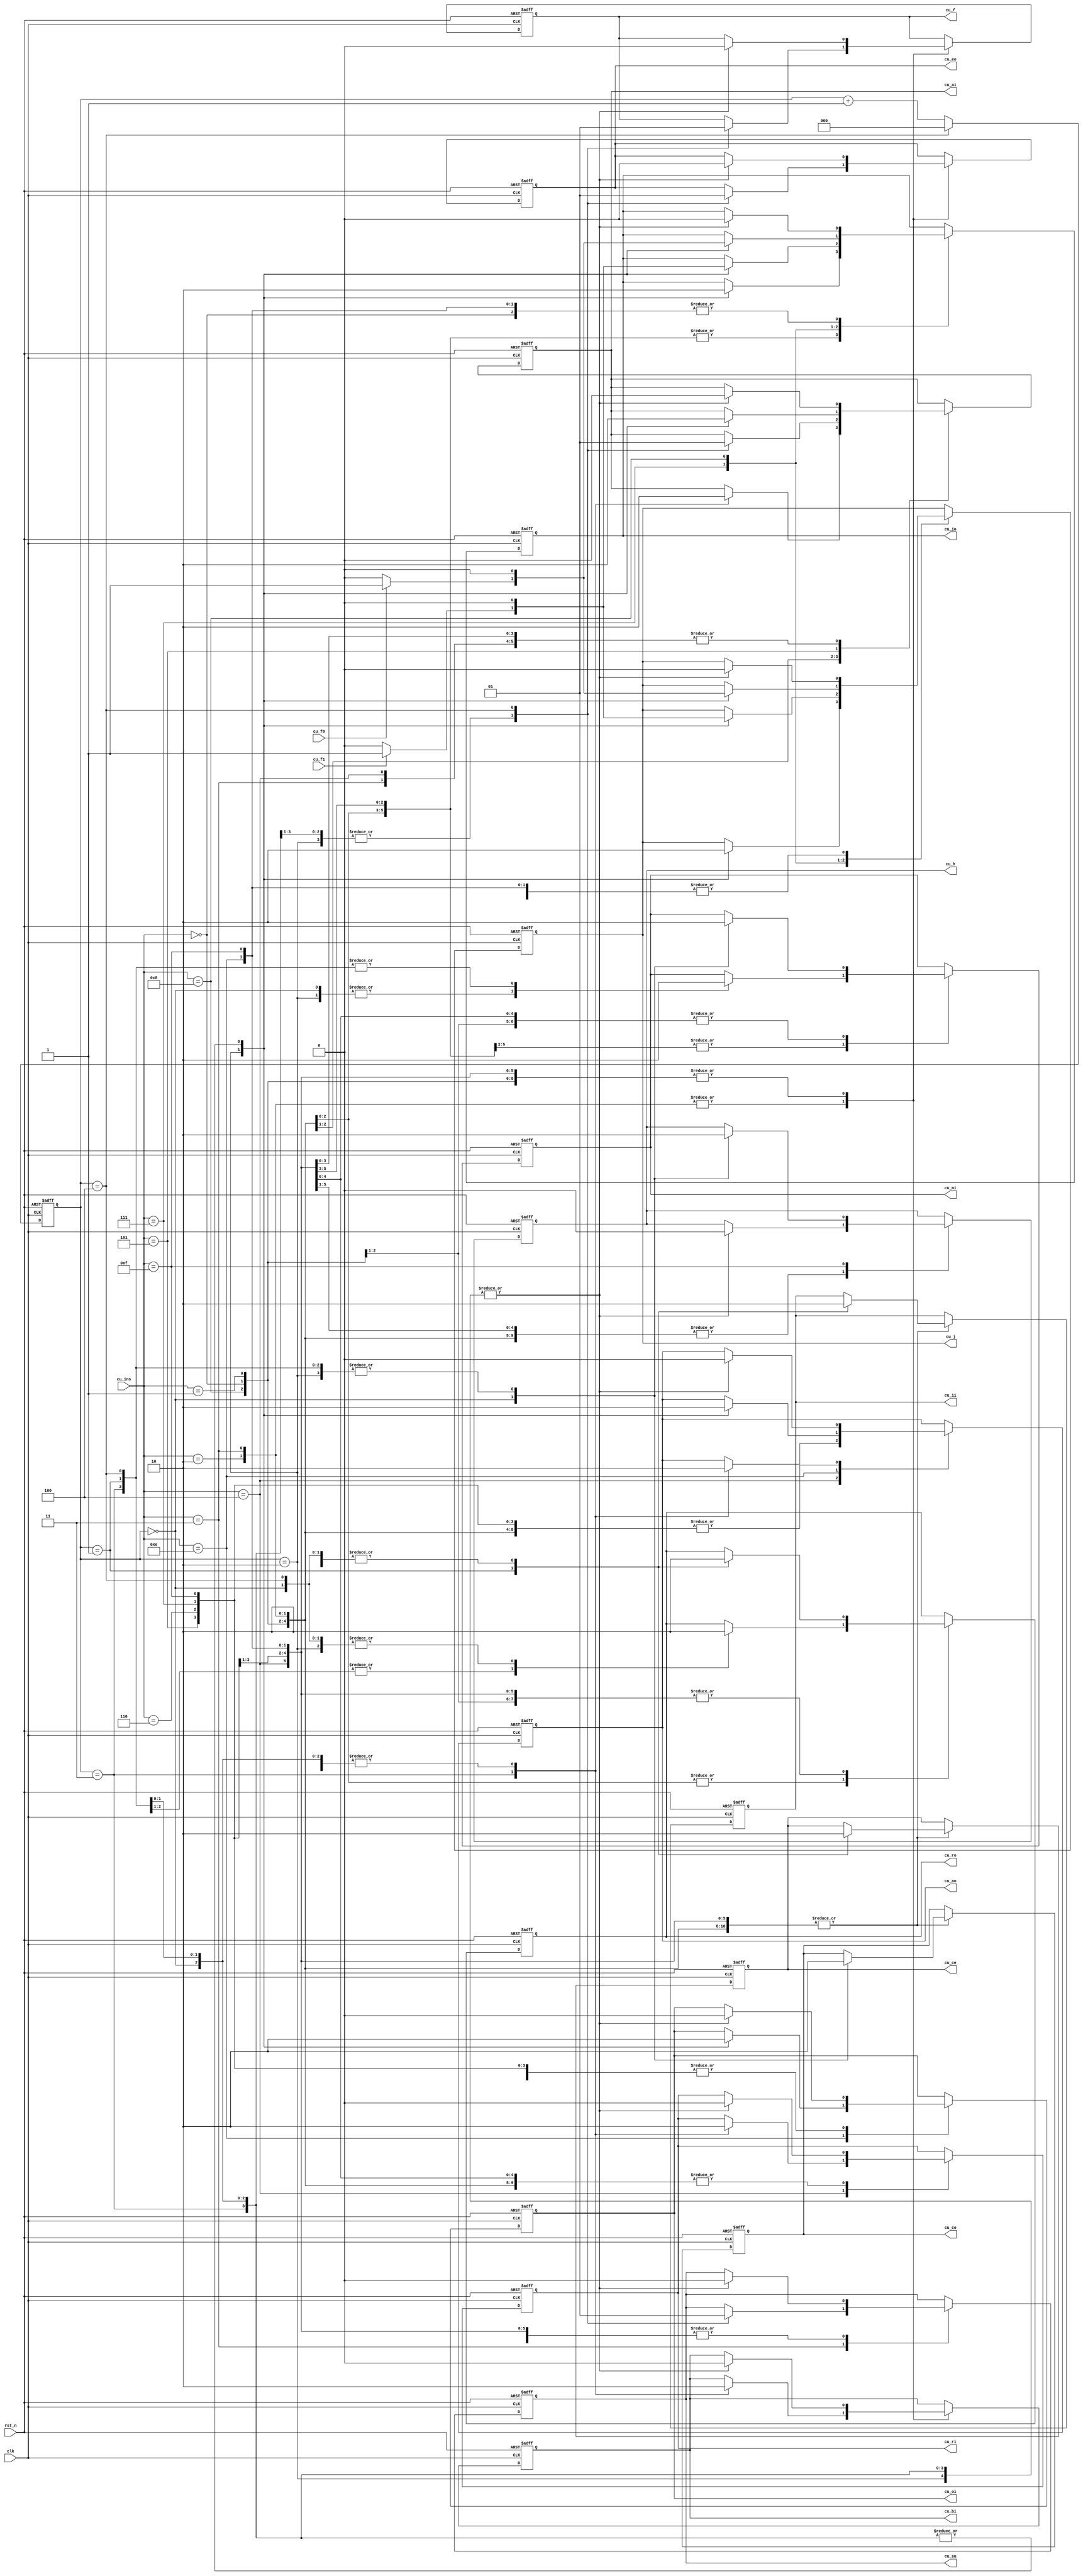
module CU (
    clk,
    rst_n,
    cu_ins,  //ir 
    cu_f1,   //
    cu_f0,      //

    cu_h,
    cu_mi,
    cu_ri,
    cu_ro,
    cu_io,
    cu_ii,
    cu_ai,
    cu_ao,

    cu_eo,
    cu_su,
    cu_bi,
    cu_oi,
    cu_ce,
    cu_co,
    cu_j,
    cu_f
);
input clk,rst_n,cu_f1,cu_f0;
input [3:0]cu_ins;
output  cu_h,cu_mi,cu_ri,cu_ro,cu_io,cu_ii,cu_ai,cu_ao,
     cu_eo,cu_su,cu_bi,cu_oi,cu_ce,cu_co,cu_j,cu_f;

wire clk,rst_n,cu_f1,cu_f0;
wire [3:0]cu_ins;
reg  cu_h,cu_mi,cu_ri,cu_ro,cu_io,cu_ii,cu_ai,cu_ao,
     cu_eo,cu_su,cu_bi,cu_oi,cu_ce,cu_co,cu_j,cu_f;


/// 0 - 4
reg [2:0]cnt;
always @(posedge clk or negedge rst_n) begin
    if (rst_n == 0) begin
        cnt <= 0;
    end
    else if (cnt == 4) begin
        cnt <= 0 ;
    end
    else
        cnt <= cnt + 1 ;
end

always @(posedge clk or negedge rst_n) begin
    if (rst_n == 0) begin
        cu_h=0;     cu_mi=0;    cu_ri=0;    cu_ro=0;
        cu_io=0;    cu_ii=0;    cu_ai=0;    cu_ao=0;
        cu_eo=0;    cu_su=0;    cu_bi=0;    cu_oi=0;
        cu_ce=0;    cu_co=0;    cu_j=0;     cu_f=0;
    end
    else
        case (cu_ins)
            4'b0000: case (cnt) ///nop
                        3'b000: begin
                                    cu_h=0;     cu_mi=1;    cu_ri=0;    cu_ro=0;
                                    cu_io=0;    cu_ii=0;    cu_ai=0;    cu_ao=0;
                                    cu_eo=0;    cu_su=0;    cu_bi=0;    cu_oi=0;
                                    cu_ce=0;    cu_co=1;    cu_j=0;     cu_f=0;
                                end
                        3'b001: begin
                                    cu_h=0;     cu_mi=0;    cu_ri=0;    cu_ro=1;
                                    cu_io=0;    cu_ii=1;    cu_ai=0;    cu_ao=0;
                                    cu_eo=0;    cu_su=0;    cu_bi=0;    cu_oi=0;
                                    cu_ce=1;    cu_co=0;    cu_j=0;     cu_f=0;
                                end
                        3'b010: begin
                                    cu_h=0;     cu_mi=0;    cu_ri=0;    cu_ro=0;
                                    cu_io=0;    cu_ii=0;    cu_ai=0;    cu_ao=0;
                                    cu_eo=0;    cu_su=0;    cu_bi=0;    cu_oi=0;
                                    cu_ce=0;    cu_co=0;    cu_j=0;     cu_f=0;
                                end
                        3'b011: begin
                                    cu_h=0;     cu_mi=0;    cu_ri=0;    cu_ro=0;
                                    cu_io=0;    cu_ii=0;    cu_ai=0;    cu_ao=0;
                                    cu_eo=0;    cu_su=0;    cu_bi=0;    cu_oi=0;
                                    cu_ce=0;    cu_co=0;    cu_j=0;     cu_f=0;
                                end
                        3'b100: begin
                                    cu_h=0;     cu_mi=0;    cu_ri=0;    cu_ro=0;
                                    cu_io=0;    cu_ii=0;    cu_ai=0;    cu_ao=0;
                                    cu_eo=0;    cu_su=0;    cu_bi=0;    cu_oi=0;
                                    cu_ce=0;    cu_co=0;    cu_j=0;     cu_f=0;
                                end
                        default: ;
                     endcase
            4'b0001: case (cnt) ///LDA
                        3'b000: begin
                                    cu_h=0;     cu_mi=1;    cu_ri=0;    cu_ro=0;
                                    cu_io=0;    cu_ii=0;    cu_ai=0;    cu_ao=0;
                                    cu_eo=0;    cu_su=0;    cu_bi=0;    cu_oi=0;
                                    cu_ce=0;    cu_co=1;    cu_j=0;     cu_f=0;
                                end
                        3'b001: begin
                                    cu_h=0;     cu_mi=0;    cu_ri=0;    cu_ro=1;
                                    cu_io=0;    cu_ii=1;    cu_ai=0;    cu_ao=0;
                                    cu_eo=0;    cu_su=0;    cu_bi=0;    cu_oi=0;
                                    cu_ce=1;    cu_co=0;    cu_j=0;     cu_f=0;
                                end
                        3'b010: begin
                                    cu_h=0;     cu_mi=1;    cu_ri=0;    cu_ro=0;
                                    cu_io=1;    cu_ii=0;    cu_ai=0;    cu_ao=0;
                                    cu_eo=0;    cu_su=0;    cu_bi=0;    cu_oi=0;
                                    cu_ce=0;    cu_co=0;    cu_j=0;     cu_f=0;
                                end
                        3'b011: begin
                                    cu_h=0;     cu_mi=0;    cu_ri=0;    cu_ro=1;
                                    cu_io=0;    cu_ii=0;    cu_ai=1;    cu_ao=0;
                                    cu_eo=0;    cu_su=0;    cu_bi=0;    cu_oi=0;
                                    cu_ce=0;    cu_co=0;    cu_j=0;     cu_f=0;
                                end
                        3'b100: begin
                                    cu_h=0;     cu_mi=0;    cu_ri=0;    cu_ro=0;
                                    cu_io=0;    cu_ii=0;    cu_ai=0;    cu_ao=0;
                                    cu_eo=0;    cu_su=0;    cu_bi=0;    cu_oi=0;
                                    cu_ce=0;    cu_co=0;    cu_j=0;     cu_f=0;
                                end
                        default: ;
                     endcase
            4'b0010: case (cnt) /// ADD
                        3'b000: begin
                                    cu_h=0;     cu_mi=1;    cu_ri=0;    cu_ro=0;
                                    cu_io=0;    cu_ii=0;    cu_ai=0;    cu_ao=0;
                                    cu_eo=0;    cu_su=0;    cu_bi=0;    cu_oi=0;
                                    cu_ce=0;    cu_co=1;    cu_j=0;     cu_f=0;
                                end
                        3'b001: begin
                                    cu_h=0;     cu_mi=0;    cu_ri=0;    cu_ro=1;
                                    cu_io=0;    cu_ii=1;    cu_ai=0;    cu_ao=0;
                                    cu_eo=0;    cu_su=0;    cu_bi=0;    cu_oi=0;
                                    cu_ce=1;    cu_co=0;    cu_j=0;     cu_f=0;
                                end
                        3'b010: begin
                                    cu_h=0;     cu_mi=1;    cu_ri=0;    cu_ro=0;
                                    cu_io=1;    cu_ii=0;    cu_ai=0;    cu_ao=0;
                                    cu_eo=0;    cu_su=0;    cu_bi=0;    cu_oi=0;
                                    cu_ce=0;    cu_co=0;    cu_j=0;     cu_f=0;
                                end
                        3'b011: begin
                                    cu_h=0;     cu_mi=0;    cu_ri=0;    cu_ro=1;
                                    cu_io=0;    cu_ii=0;    cu_ai=0;    cu_ao=0;
                                    cu_eo=0;    cu_su=0;    cu_bi=1;    cu_oi=0;
                                    cu_ce=0;    cu_co=0;    cu_j=0;     cu_f=0;
                                end
                        3'b100: begin
                                    cu_h=0;     cu_mi=0;    cu_ri=0;    cu_ro=0;
                                    cu_io=0;    cu_ii=0;    cu_ai=1;    cu_ao=0;
                                    cu_eo=1;    cu_su=0;    cu_bi=0;    cu_oi=0;
                                    cu_ce=0;    cu_co=0;    cu_j=0;     cu_f=1;
                                end
                        default: ;
                     endcase
            4'b0011: case (cnt) ///SUB
                        3'b000: begin
                                    cu_h=0;     cu_mi=1;    cu_ri=0;    cu_ro=0;
                                    cu_io=0;    cu_ii=0;    cu_ai=0;    cu_ao=0;
                                    cu_eo=0;    cu_su=0;    cu_bi=0;    cu_oi=0;
                                    cu_ce=0;    cu_co=1;    cu_j=0;     cu_f=0;
                                end
                        3'b001: begin
                                    cu_h=0;     cu_mi=0;    cu_ri=0;    cu_ro=1;
                                    cu_io=0;    cu_ii=1;    cu_ai=0;    cu_ao=0;
                                    cu_eo=0;    cu_su=0;    cu_bi=0;    cu_oi=0;
                                    cu_ce=1;    cu_co=0;    cu_j=0;     cu_f=0;
                                end
                        3'b010: begin
                                    cu_h=0;     cu_mi=1;    cu_ri=0;    cu_ro=0;
                                    cu_io=1;    cu_ii=0;    cu_ai=0;    cu_ao=0;
                                    cu_eo=0;    cu_su=0;    cu_bi=0;    cu_oi=0;
                                    cu_ce=0;    cu_co=0;    cu_j=0;     cu_f=0;
                                end
                        3'b011: begin
                                    cu_h=0;     cu_mi=0;    cu_ri=0;    cu_ro=1;
                                    cu_io=0;    cu_ii=0;    cu_ai=0;    cu_ao=0;
                                    cu_eo=0;    cu_su=0;    cu_bi=1;    cu_oi=0;
                                    cu_ce=0;    cu_co=0;    cu_j=0;     cu_f=0;
                                end
                        3'b100: begin
                                    cu_h=0;     cu_mi=0;    cu_ri=0;    cu_ro=0;
                                    cu_io=0;    cu_ii=0;    cu_ai=0;    cu_ao=0;
                                    cu_eo=1;    cu_su=1;    cu_bi=0;    cu_oi=0;
                                    cu_ce=0;    cu_co=0;    cu_j=0;     cu_f=1;
                                end
                        default: ;
                     endcase
            4'b0100: case (cnt) ///STA
                        3'b000: begin
                                    cu_h=0;     cu_mi=1;    cu_ri=0;    cu_ro=0;
                                    cu_io=0;    cu_ii=0;    cu_ai=0;    cu_ao=0;
                                    cu_eo=0;    cu_su=0;    cu_bi=0;    cu_oi=0;
                                    cu_ce=0;    cu_co=1;    cu_j=0;     cu_f=0;
                                end
                        3'b001: begin
                                    cu_h=0;     cu_mi=0;    cu_ri=0;    cu_ro=1;
                                    cu_io=0;    cu_ii=1;    cu_ai=0;    cu_ao=0;
                                    cu_eo=0;    cu_su=0;    cu_bi=0;    cu_oi=0;
                                    cu_ce=1;    cu_co=0;    cu_j=0;     cu_f=0;
                                end
                        3'b010: begin
                                    cu_h=0;     cu_mi=1;    cu_ri=0;    cu_ro=0;
                                    cu_io=1;    cu_ii=0;    cu_ai=0;    cu_ao=0;
                                    cu_eo=0;    cu_su=0;    cu_bi=0;    cu_oi=0;
                                    cu_ce=0;    cu_co=0;    cu_j=0;     cu_f=0;
                                end
                        3'b011: begin
                                    cu_h=0;     cu_mi=0;    cu_ri=1;    cu_ro=0;
                                    cu_io=0;    cu_ii=0;    cu_ai=0;    cu_ao=1;
                                    cu_eo=0;    cu_su=0;    cu_bi=0;    cu_oi=0;
                                    cu_ce=0;    cu_co=0;    cu_j=0;     cu_f=0;
                                end
                        3'b100: begin
                                    cu_h=0;     cu_mi=0;    cu_ri=0;    cu_ro=0;
                                    cu_io=0;    cu_ii=0;    cu_ai=0;    cu_ao=0;
                                    cu_eo=0;    cu_su=0;    cu_bi=0;    cu_oi=0;
                                    cu_ce=0;    cu_co=0;    cu_j=0;     cu_f=0;
                                end
                        default: ;
                     endcase
            4'b0101: case (cnt) ///LDI
                        3'b000: begin
                                    cu_h=0;     cu_mi=1;    cu_ri=0;    cu_ro=0;
                                    cu_io=0;    cu_ii=0;    cu_ai=0;    cu_ao=0;
                                    cu_eo=0;    cu_su=0;    cu_bi=0;    cu_oi=0;
                                    cu_ce=0;    cu_co=1;    cu_j=0;     cu_f=0;
                                end
                        3'b001: begin
                                    cu_h=0;     cu_mi=0;    cu_ri=0;    cu_ro=1;
                                    cu_io=0;    cu_ii=1;    cu_ai=0;    cu_ao=0;
                                    cu_eo=0;    cu_su=0;    cu_bi=0;    cu_oi=0;
                                    cu_ce=1;    cu_co=0;    cu_j=0;     cu_f=0;
                                end
                        3'b010: begin
                                    cu_h=0;     cu_mi=0;    cu_ri=0;    cu_ro=0;
                                    cu_io=1;    cu_ii=0;    cu_ai=1;    cu_ao=0;
                                    cu_eo=0;    cu_su=0;    cu_bi=0;    cu_oi=0;
                                    cu_ce=0;    cu_co=0;    cu_j=0;     cu_f=0;
                                end
                        3'b011: begin
                                    cu_h=0;     cu_mi=0;    cu_ri=0;    cu_ro=0;
                                    cu_io=0;    cu_ii=0;    cu_ai=0;    cu_ao=0;
                                    cu_eo=0;    cu_su=0;    cu_bi=0;    cu_oi=0;
                                    cu_ce=0;    cu_co=0;    cu_j=0;     cu_f=0;
                                end
                        3'b100: begin
                                    cu_h=0;     cu_mi=0;    cu_ri=0;    cu_ro=0;
                                    cu_io=0;    cu_ii=0;    cu_ai=0;    cu_ao=0;
                                    cu_eo=0;    cu_su=0;    cu_bi=0;    cu_oi=0;
                                    cu_ce=0;    cu_co=0;    cu_j=0;     cu_f=0;
                                end
                        default: ;
                     endcase
            4'b0110: case (cnt) ///JMP
                        3'b000: begin
                                    cu_h=0;     cu_mi=1;    cu_ri=0;    cu_ro=0;
                                    cu_io=0;    cu_ii=0;    cu_ai=0;    cu_ao=0;
                                    cu_eo=0;    cu_su=0;    cu_bi=0;    cu_oi=0;
                                    cu_ce=0;    cu_co=1;    cu_j=0;     cu_f=0;
                                end
                        3'b001: begin
                                    cu_h=0;     cu_mi=0;    cu_ri=0;    cu_ro=1;
                                    cu_io=0;    cu_ii=1;    cu_ai=0;    cu_ao=0;
                                    cu_eo=0;    cu_su=0;    cu_bi=0;    cu_oi=0;
                                    cu_ce=1;    cu_co=0;    cu_j=0;     cu_f=0;
                                end
                        3'b010: begin
                                    cu_h=0;     cu_mi=0;    cu_ri=0;    cu_ro=0;
                                    cu_io=1;    cu_ii=0;    cu_ai=0;    cu_ao=0;
                                    cu_eo=0;    cu_su=0;    cu_bi=0;    cu_oi=0;
                                    cu_ce=0;    cu_co=0;    cu_j=1;     cu_f=0;
                                end
                        3'b011: begin
                                    cu_h=0;     cu_mi=0;    cu_ri=0;    cu_ro=0;
                                    cu_io=0;    cu_ii=0;    cu_ai=0;    cu_ao=0;
                                    cu_eo=0;    cu_su=0;    cu_bi=0;    cu_oi=0;
                                    cu_ce=0;    cu_co=0;    cu_j=0;     cu_f=0;
                                end
                        3'b100: begin
                                    cu_h=0;     cu_mi=0;    cu_ri=0;    cu_ro=0;
                                    cu_io=0;    cu_ii=0;    cu_ai=0;    cu_ao=0;
                                    cu_eo=0;    cu_su=0;    cu_bi=0;    cu_oi=0;
                                    cu_ce=0;    cu_co=0;    cu_j=0;     cu_f=0;
                                end
                        default: ;
                     endcase
            4'b0111: case (cnt) ///JC
                        3'b000: begin
                                    cu_h=0;     cu_mi=1;    cu_ri=0;    cu_ro=0;
                                    cu_io=0;    cu_ii=0;    cu_ai=0;    cu_ao=0;
                                    cu_eo=0;    cu_su=0;    cu_bi=0;    cu_oi=0;
                                    cu_ce=0;    cu_co=1;    cu_j=0;     cu_f=0;
                                end
                        3'b001: begin
                                    cu_h=0;     cu_mi=0;    cu_ri=0;    cu_ro=1;
                                    cu_io=0;    cu_ii=1;    cu_ai=0;    cu_ao=0;
                                    cu_eo=0;    cu_su=0;    cu_bi=0;    cu_oi=0;
                                    cu_ce=1;    cu_co=0;    cu_j=0;     cu_f=0;
                                end
                        3'b010: if (cu_f1)begin
                                    cu_h=0;     cu_mi=0;    cu_ri=0;    cu_ro=0;
                                    cu_io=1;    cu_ii=0;    cu_ai=0;    cu_ao=0;
                                    cu_eo=0;    cu_su=0;    cu_bi=0;    cu_oi=0;
                                    cu_ce=0;    cu_co=0;    cu_j=1;     cu_f=0;
                                end
                                else begin
                                    cu_h=0;     cu_mi=0;    cu_ri=0;    cu_ro=0;
                                    cu_io=0;    cu_ii=0;    cu_ai=0;    cu_ao=0;
                                    cu_eo=0;    cu_su=0;    cu_bi=0;    cu_oi=0;
                                    cu_ce=0;    cu_co=0;    cu_j=0;     cu_f=0;
                                end
                        3'b011: begin
                                    cu_h=0;     cu_mi=0;    cu_ri=0;    cu_ro=0;
                                    cu_io=0;    cu_ii=0;    cu_ai=0;    cu_ao=0;
                                    cu_eo=0;    cu_su=0;    cu_bi=0;    cu_oi=0;
                                    cu_ce=0;    cu_co=0;    cu_j=0;     cu_f=0;
                                end
                        3'b100: begin
                                    cu_h=0;     cu_mi=0;    cu_ri=0;    cu_ro=0;
                                    cu_io=0;    cu_ii=0;    cu_ai=0;    cu_ao=0;
                                    cu_eo=0;    cu_su=0;    cu_bi=0;    cu_oi=0;
                                    cu_ce=0;    cu_co=0;    cu_j=0;     cu_f=0;
                                end
                        default: ;
                     endcase
            4'b1000: case (cnt) ///JZ
                        3'b000: begin
                                    cu_h=0;     cu_mi=1;    cu_ri=0;    cu_ro=0;
                                    cu_io=0;    cu_ii=0;    cu_ai=0;    cu_ao=0;
                                    cu_eo=0;    cu_su=0;    cu_bi=0;    cu_oi=0;
                                    cu_ce=0;    cu_co=1;    cu_j=0;     cu_f=0;
                                end
                        3'b001: begin
                                    cu_h=0;     cu_mi=0;    cu_ri=0;    cu_ro=1;
                                    cu_io=0;    cu_ii=1;    cu_ai=0;    cu_ao=0;
                                    cu_eo=0;    cu_su=0;    cu_bi=0;    cu_oi=0;
                                    cu_ce=1;    cu_co=0;    cu_j=0;     cu_f=0;
                                end
                        3'b010: if (cu_f0)begin
                                    cu_h=0;     cu_mi=0;    cu_ri=0;    cu_ro=0;
                                    cu_io=1;    cu_ii=0;    cu_ai=0;    cu_ao=0;
                                    cu_eo=0;    cu_su=0;    cu_bi=0;    cu_oi=0;
                                    cu_ce=0;    cu_co=0;    cu_j=1;     cu_f=0;
                                end
                                else begin
                                    cu_h=0;     cu_mi=0;    cu_ri=0;    cu_ro=0;
                                    cu_io=0;    cu_ii=0;    cu_ai=0;    cu_ao=0;
                                    cu_eo=0;    cu_su=0;    cu_bi=0;    cu_oi=0;
                                    cu_ce=0;    cu_co=0;    cu_j=0;     cu_f=0;
                                end
                        3'b011: begin
                                    cu_h=0;     cu_mi=0;    cu_ri=0;    cu_ro=0;
                                    cu_io=0;    cu_ii=0;    cu_ai=0;    cu_ao=0;
                                    cu_eo=0;    cu_su=0;    cu_bi=0;    cu_oi=0;
                                    cu_ce=0;    cu_co=0;    cu_j=0;     cu_f=0;
                                end
                        3'b100: begin
                                    cu_h=0;     cu_mi=0;    cu_ri=0;    cu_ro=0;
                                    cu_io=0;    cu_ii=0;    cu_ai=0;    cu_ao=0;
                                    cu_eo=0;    cu_su=0;    cu_bi=0;    cu_oi=0;
                                    cu_ce=0;    cu_co=0;    cu_j=0;     cu_f=0;
                                end
                        default: ;
                     endcase

            4'b1110: case (cnt) ///OUT
                        3'b000: begin
                                    cu_h=0;     cu_mi=1;    cu_ri=0;    cu_ro=0;
                                    cu_io=0;    cu_ii=0;    cu_ai=0;    cu_ao=0;
                                    cu_eo=0;    cu_su=0;    cu_bi=0;    cu_oi=0;
                                    cu_ce=0;    cu_co=1;    cu_j=0;     cu_f=0;
                                end
                        3'b001: begin
                                    cu_h=0;     cu_mi=0;    cu_ri=0;    cu_ro=1;
                                    cu_io=0;    cu_ii=1;    cu_ai=0;    cu_ao=0;
                                    cu_eo=0;    cu_su=0;    cu_bi=0;    cu_oi=0;
                                    cu_ce=1;    cu_co=0;    cu_j=0;     cu_f=0;
                                end
                        3'b010: begin
                                    cu_h=0;     cu_mi=0;    cu_ri=0;    cu_ro=0;
                                    cu_io=0;    cu_ii=0;    cu_ai=0;    cu_ao=1;
                                    cu_eo=0;    cu_su=0;    cu_bi=0;    cu_oi=1;
                                    cu_ce=0;    cu_co=0;    cu_j=0;     cu_f=0;
                                end
                        3'b011: begin
                                    cu_h=0;     cu_mi=0;    cu_ri=0;    cu_ro=0;
                                    cu_io=0;    cu_ii=0;    cu_ai=0;    cu_ao=0;
                                    cu_eo=0;    cu_su=0;    cu_bi=0;    cu_oi=0;
                                    cu_ce=0;    cu_co=0;    cu_j=0;     cu_f=0;
                                end
                        3'b100: begin
                                    cu_h=0;     cu_mi=0;    cu_ri=0;    cu_ro=0;
                                    cu_io=0;    cu_ii=0;    cu_ai=0;    cu_ao=0;
                                    cu_eo=0;    cu_su=0;    cu_bi=0;    cu_oi=0;
                                    cu_ce=0;    cu_co=0;    cu_j=0;     cu_f=0;
                                end
                        default: ;
                     endcase
            4'b1111: case (cnt) ///HLT
                        3'b000: begin
                                    cu_h=1;     cu_mi=1;    cu_ri=0;    cu_ro=0;
                                    cu_io=0;    cu_ii=0;    cu_ai=0;    cu_ao=0;
                                    cu_eo=0;    cu_su=0;    cu_bi=0;    cu_oi=0;
                                    cu_ce=0;    cu_co=1;    cu_j=0;     cu_f=0;
                                end
                        3'b001: begin
                                    cu_h=0;     cu_mi=0;    cu_ri=0;    cu_ro=1;
                                    cu_io=0;    cu_ii=1;    cu_ai=0;    cu_ao=0;
                                    cu_eo=0;    cu_su=0;    cu_bi=0;    cu_oi=0;
                                    cu_ce=1;    cu_co=0;    cu_j=0;     cu_f=0;
                                end
                        3'b010: begin
                                    cu_h=0;     cu_mi=0;    cu_ri=0;    cu_ro=0;
                                    cu_io=0;    cu_ii=0;    cu_ai=0;    cu_ao=0;
                                    cu_eo=0;    cu_su=0;    cu_bi=0;    cu_oi=0;
                                    cu_ce=0;    cu_co=0;    cu_j=0;     cu_f=0;
                                end
                        3'b011: begin
                                    cu_h=0;     cu_mi=0;    cu_ri=0;    cu_ro=0;
                                    cu_io=0;    cu_ii=0;    cu_ai=0;    cu_ao=0;
                                    cu_eo=0;    cu_su=0;    cu_bi=0;    cu_oi=0;
                                    cu_ce=0;    cu_co=0;    cu_j=0;     cu_f=0;
                                end
                        3'b100: begin
                                    cu_h=0;     cu_mi=0;    cu_ri=0;    cu_ro=0;
                                    cu_io=0;    cu_ii=0;    cu_ai=0;    cu_ao=0;
                                    cu_eo=0;    cu_su=0;    cu_bi=0;    cu_oi=0;
                                    cu_ce=0;    cu_co=0;    cu_j=0;     cu_f=0;
                                end
                        default: ;
                     endcase
            default: ;
        endcase

end
endmodule